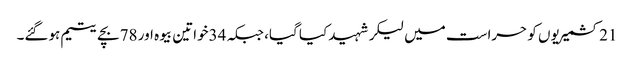
21کشمیریوں کو حراست میں لیکر شہید کیا گیا، جبکہ 34خواتین بیوہ اور 78بچے یتیم ہوگئے۔